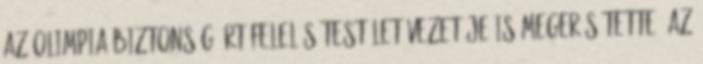
az olimpia biztonságáért felelős testület vezetője is megerősítette. Az